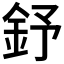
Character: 𨥤